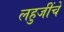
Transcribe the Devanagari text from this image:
लहुजींचे